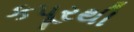
કપૂરથી